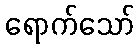
ရောက်သော်